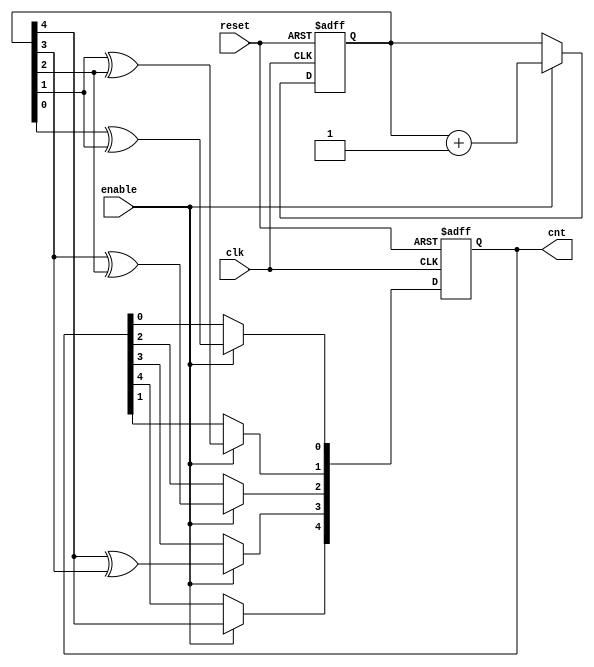
`timescale 1ns / 1ps
//////////////////////////////////////////////////////////////////////////////////
// Company: 
// 
// Design Name: 
// Module Name: gray_counter
// Project Name: 
// Target Devices: 
// Tool Versions: 
// Description: 
// 
// Dependencies: 
// 
// Revision:
// Revision 0.01 - File Created
// Additional Comments:
// 
//////////////////////////////////////////////////////////////////////////////////


module gray_counter(input clk,
                    input reset,
                    input enable,
                    output reg [4:0] cnt
                    );
     
     reg [4:0] temp = 0;
     
     always @(posedge clk or posedge reset) begin
        if(reset) begin
            temp <= 0;
            cnt <= 0;
        end
        else if(enable) begin
            temp <= temp + 1;
            cnt[4] <= temp[4];
            cnt[3] <= temp[4]^temp[3];
            cnt[2] <= temp[3]^temp[2];
            cnt[1] <= temp[1]^temp[2];
            cnt[0] <= temp[0]^temp[1];
        end
     end
     
endmodule